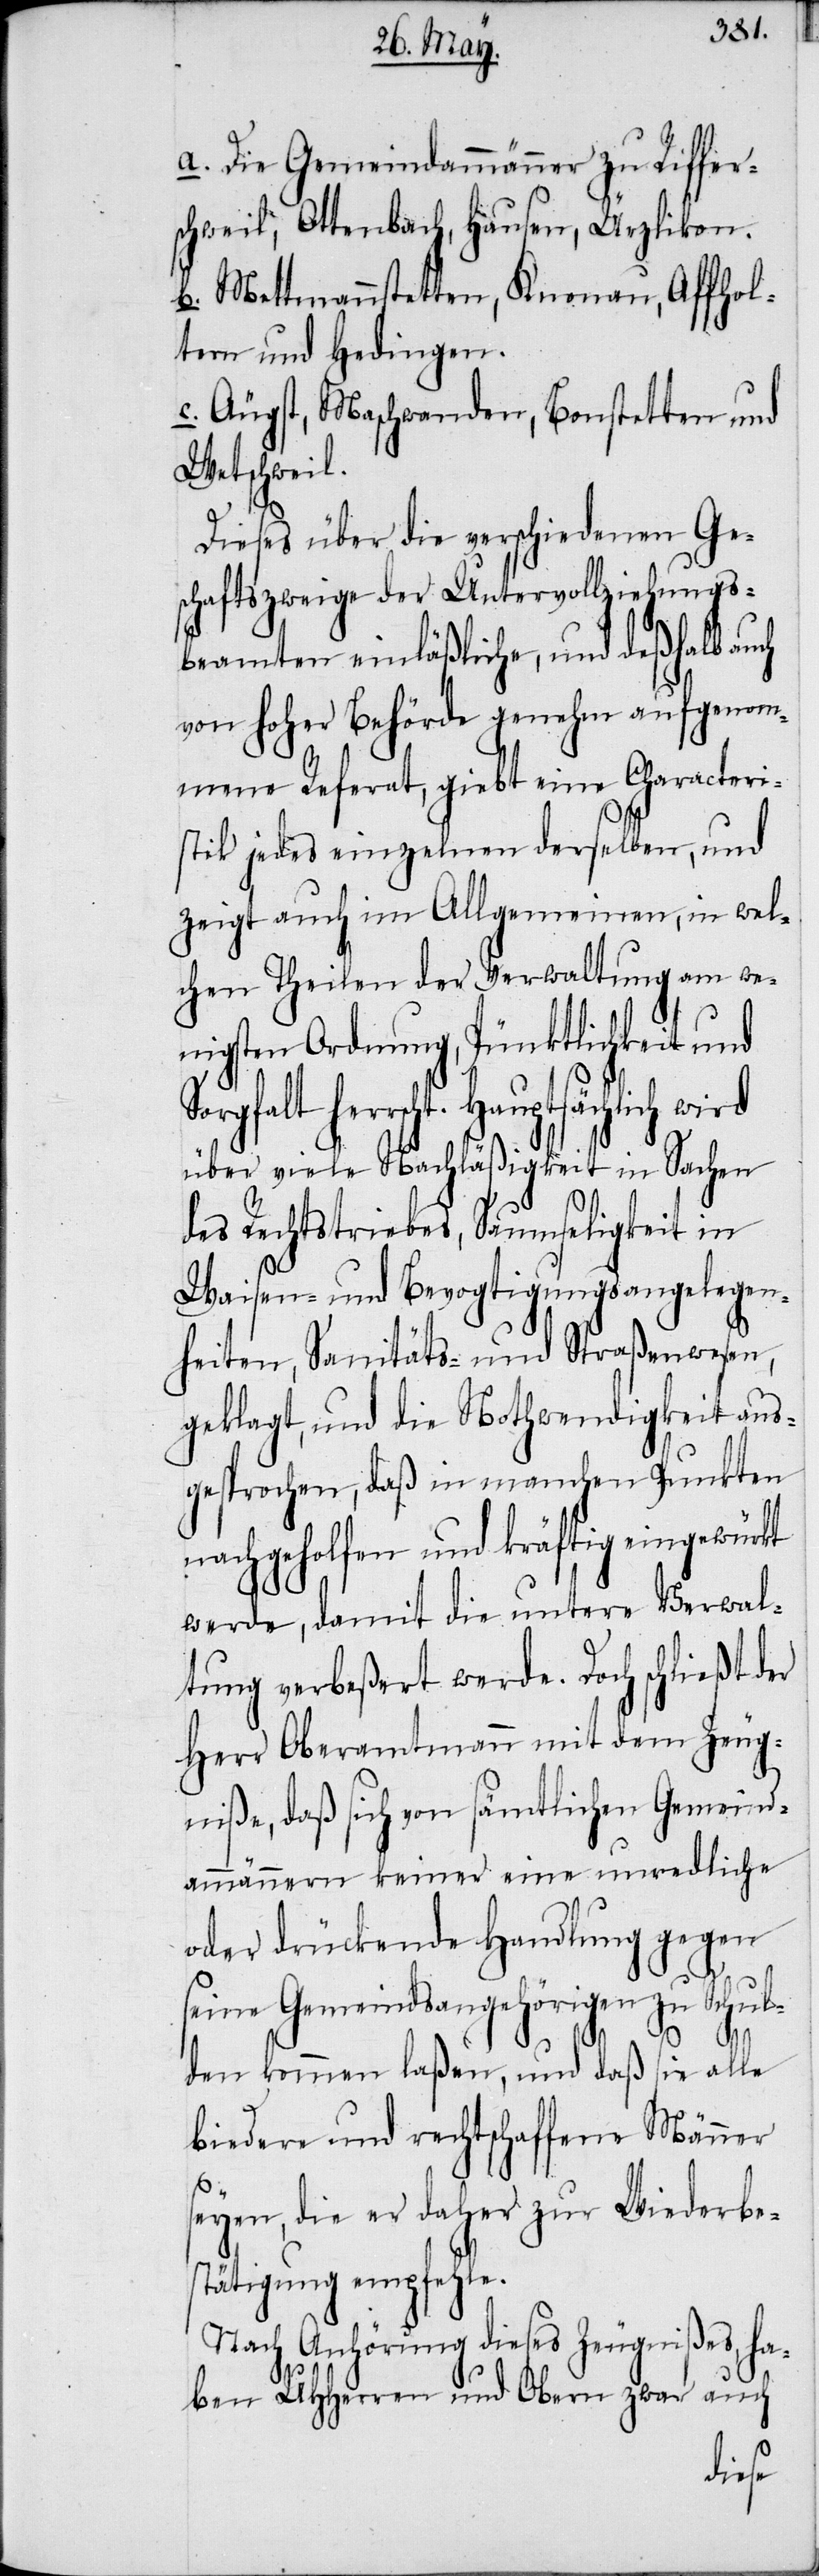
a. Die Gemeindammänner zu Riffer¬
schweil, Ottenbach, Hausen, Ürzlikon.
b. Mettmannstetten, Knonau, Affhol¬
tern und Hedingen.
c. Äugst, Maschwanden, Bonstetten und
Wetschweil.
Dieses über die verschiedenen Ge¬
schaftszweige der Untervollziehungs¬
beamten einläßliche, und deßhalb auch
von hoher Behörde genehm aufgenom¬
mene Referat, giebt eine Characteri¬
stik jedes einzelnen derselben, und
zeigt auch im Allgemeinen, in wel¬
chen Theilen der Verwaltung am we¬
nigsten Ordnung, Pünktlichkeit und
herrscht. Hauptsächlich wird
über viele Nachläßigkeit in Sachen
des Rechtstriebes, Saumseligkeit in
Waisen- und Bevogtigungsangelegen¬
heiten, Sanitäts- und Straßenwesen,
geklagt, und die Nothwendigkeit aus¬
gesprochen, daß in manchen Punkten
nachgeholfen und kräftig eingewürkt
werde, damit die untere Verwal¬
tung verbeßert werde. Doch schließt der
Herr Oberamtmann mit dem Zeug¬
niße, daß sich von sämtlichen Gemeind¬
ammännern keiner eine unredliche
oder drückende Handlung gegen
seine Gemeindsangehörigen zu Schul¬
den kommen laßen, und daß sie alle
biedere und rechtschaffene Männer
seyen, die er daher zur Wiederbes¬
tätigung empfehle.
Nach Anhörung dieses Zeugnißes, ha¬
ben UHHerren und Obern zwar auch